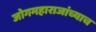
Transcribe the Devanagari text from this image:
जोगमहाराजांच्याच